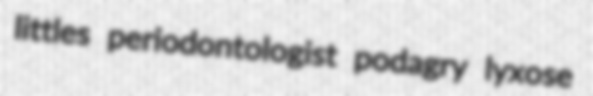
littles periodontologist podagry lyxose